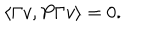
\langle \Gamma v , P \Gamma v \rangle = 0 .